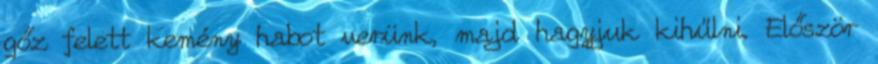
gőz felett kemény habot verünk, majd hagyjuk kihűlni. Először